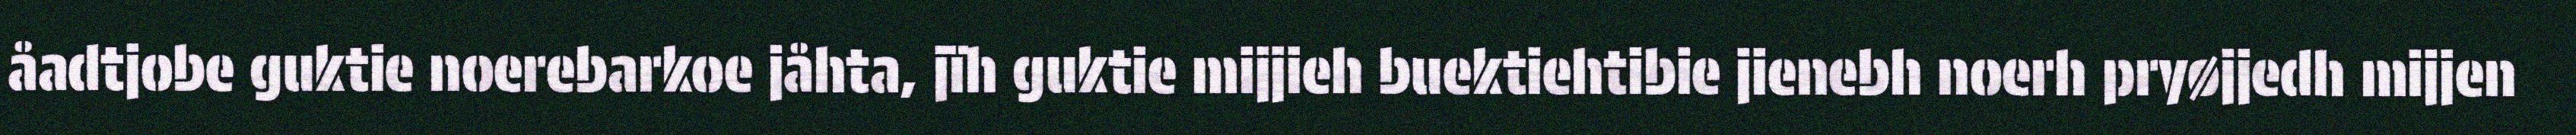
åadtjobe guktie noerebarkoe jåhta, jïh guktie mijjieh buektiehtibie jienebh noerh pryøjjedh mijjen